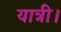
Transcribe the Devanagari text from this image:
यात्री।